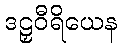
ဒဠှဝီရိယေန